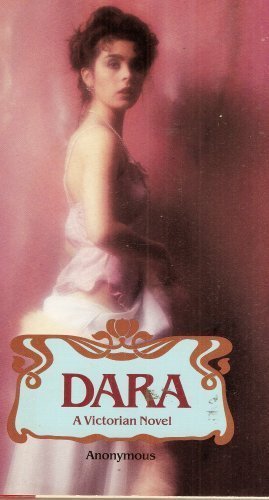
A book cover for Dara: A Victorian Novel; Anonymous; Romance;